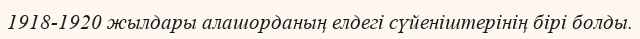
1918-1920 жылдары алашорданың елдегі сүйеніштерінің бірі болды.